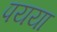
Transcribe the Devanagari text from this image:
पयया